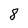
Character: 8